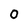
Character: 0